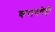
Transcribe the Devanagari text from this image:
करायचेही